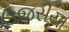
ઉજરીયા